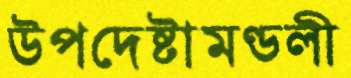
উপদেষ্টামণ্ডলী